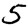
Digit: 5